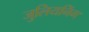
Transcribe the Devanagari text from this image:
जुलियनिंग